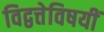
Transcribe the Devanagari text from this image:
विद्वत्तेविषयीं